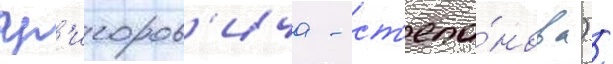
гр'игоров'ича - ст'епа́нова) /